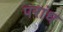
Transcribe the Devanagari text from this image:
परांध